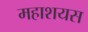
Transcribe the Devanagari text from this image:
महाशयस